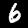
Digit: 6